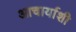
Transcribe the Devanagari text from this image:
आचार्याशी